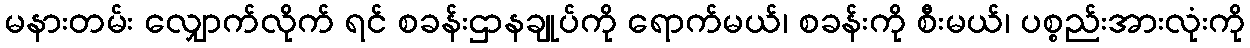
မနားတမ်း လျှောက်လိုက် ရင် စခန်းဌာနချုပ်ကို ရောက်မယ်၊ စခန်းကို စီးမယ်၊ ပစ္စည်းအားလုံးကို